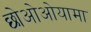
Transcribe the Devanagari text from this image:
छोओओयामा